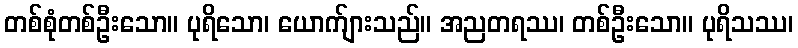
တစ်စုံတစ်ဦးသော။ ပုရိသော၊ ယောက်ျားသည်။ အညတရဿ၊ တစ်ဦးသော။ ပုရိသဿ၊